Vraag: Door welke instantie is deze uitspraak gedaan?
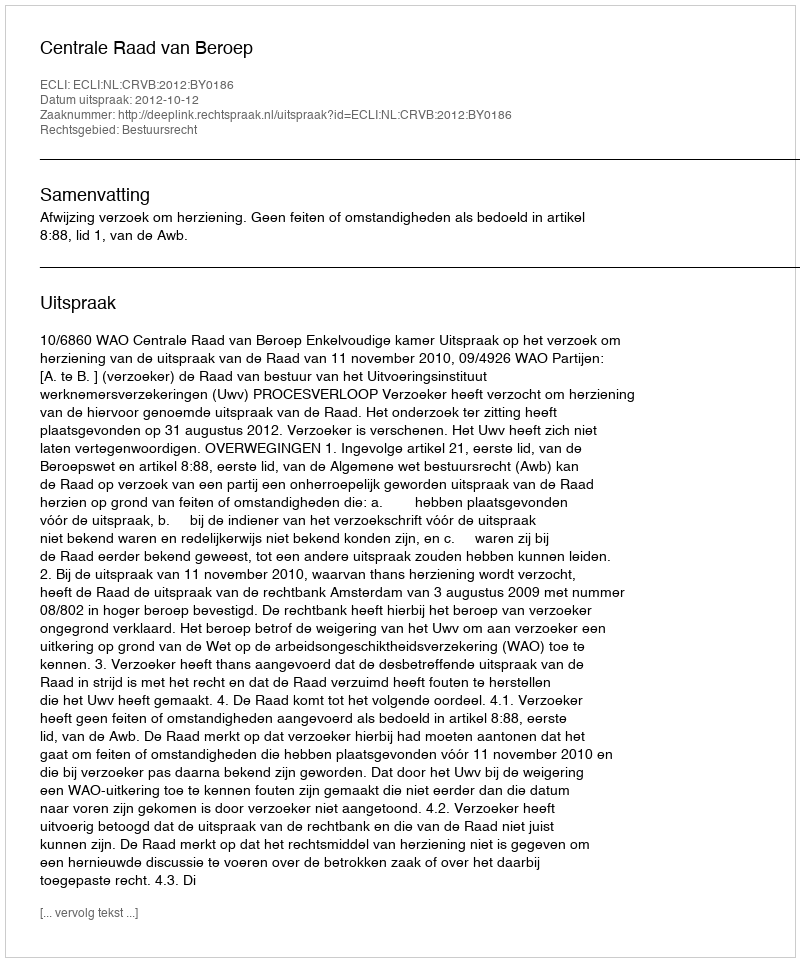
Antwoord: Centrale Raad van Beroep